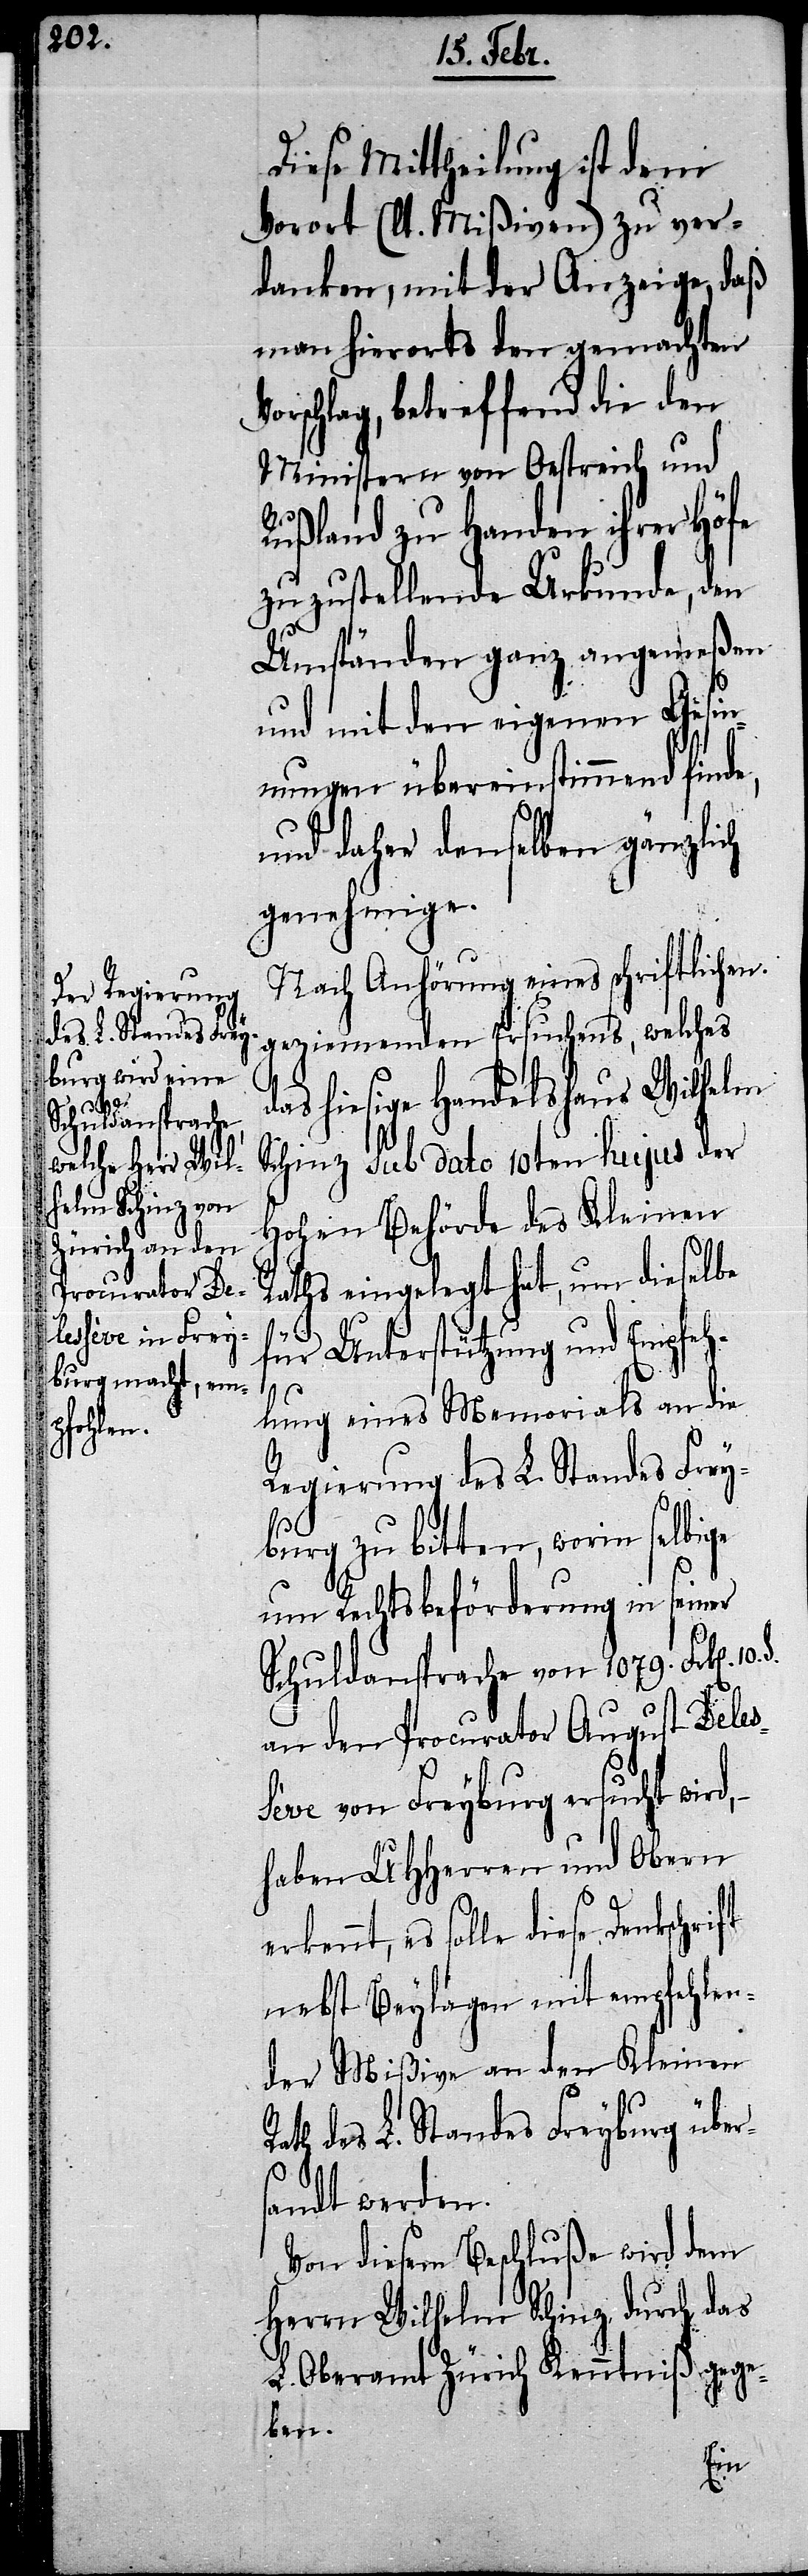
10.

Diese Mittheilung ist dem
Vorort (lt. Mißiven) zu ver¬
danken, mit der Anzeige, daß
man hierorts den gemachten
orschlag, betreffend die den
Ministern von Oestreich und
[sic!] zu Handen ihrer Höfe
zuzustellende Urkunden, den
Umständen ganz angemeßen
und mit den eigenen Gesin¬
nungen übereinstimmend finde,
und daher denselben gänzlich
genehmige.
Nach Anhörung eines schriftlichen
geziemenden Ersuchens, welches
das hiesige Handelshaus Wilhelm
R¬
Schinz sub dato 10ten hujus der
Hohen Behörde des Kleinen
Raths eingelegt hat, um dieselbe
für Unterstützung und Empfeh¬
lung eines Memorials an die
Regierung des L. Standes Frey¬
burg zu bitten, worin selbige
um Rechtsbeförderung in seiner
Schuldansprache von 1079. Frk[en].
an den Procurator August Deles¬
sève von Freyburg ersucht wird,
haben UHHerren und Obern
es solle diese Denkschrift
nebst Beylagen mit empfehlen¬
der Mißive an den Kleinen
ath des L. Standes Freyburg über¬
sandt werden.
Von diesem Beschluße wird dem
Herrn Wilhelm Schinz, durch das
L. Oberamt Zürich Kenntniß gege¬
ben.